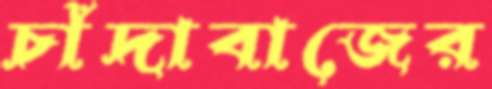
চাঁদাবাজের